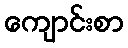
ကျောင်းစာ